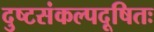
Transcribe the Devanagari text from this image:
दुष्टसंकल्पदूषितः